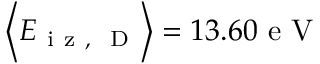
\left\langle E _ { \mathrm { ~ i ~ z ~ , ~ } \mathrm { ~ D ~ } } \right\rangle = 1 3 . 6 0 \mathrm { ~ e ~ V ~ }